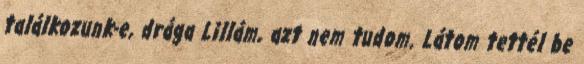
találkozunk-e, drága Lillám, azt nem tudom. Látom tettél be